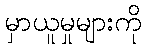
မှာယူမှုများကို